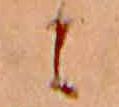
に